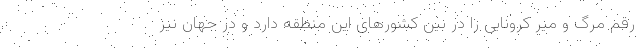
رقم مرگ و میر کرونایی را در بین کشورهای این منطقه دارد و در جهان نیز